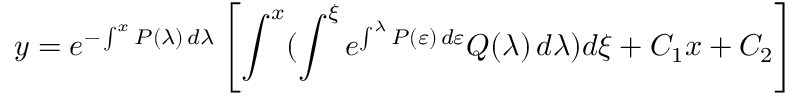
y = e ^ { - \int ^ { x } P ( \lambda ) \, d \lambda } \left[ \int ^ { x } ( \int ^ { \xi } e ^ { \int ^ { \lambda } P ( \varepsilon ) \, d \varepsilon } Q ( \lambda ) \, d \lambda ) d \xi + C _ { 1 } x + C _ { 2 } \right]